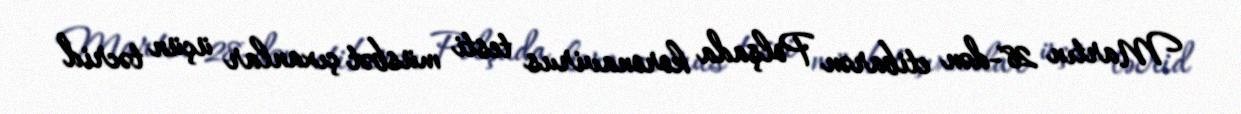
Martın 28-dən etibarən Polşada koronavirus testi müsbət çıxanlar üçün təcrid